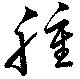
腫